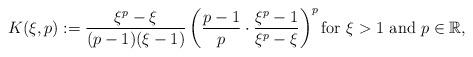
LaTeX: \begin{align*} K(\xi,p) := \frac{\xi^p-\xi}{(p-1)(\xi-1)}\left( \frac{p-1}{p}\cdot \frac{\xi^p-1}{\xi^p-\xi} \right)^p \mbox{for $\xi>1$ and $p\in\mathbb{R}$},\end{align*}